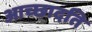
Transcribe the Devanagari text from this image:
आच्‍छादति